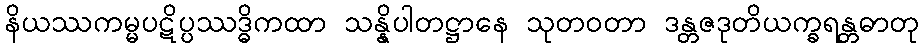
နိယဿကမ္မပဋိပ္ပဿဒ္ဓိကထာ သန္နိပါတဋ္ဌာနေ သုတဝတာ ဒန္တဇဒုတိယက္ခရန္တဓာတု